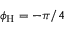
\phi _ { \mathrm { H } } = - \pi / 4